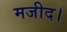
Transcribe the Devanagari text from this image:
मजीद।